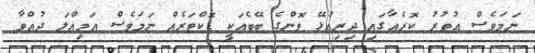
ނަމަވެސް އުތުރު ކޮރެއާގައި ދިރިއުޅޭ ވޮންގެ ބޭބެއަކީ ޑޮކްޓަރެއް ނަމަވެސް އަމިއްލަ ދުއްވާ